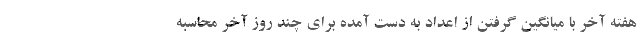
هفته آخر با میانگین گرفتن از اعداد به دست آمده برای چند روز آخر محاسبه